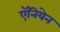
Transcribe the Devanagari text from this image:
ऍनियेन